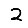
Digit: 2